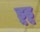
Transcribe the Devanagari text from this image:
डूडू